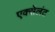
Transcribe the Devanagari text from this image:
एक्सेलंट